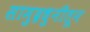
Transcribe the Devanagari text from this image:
सामुद्रधुनीतून